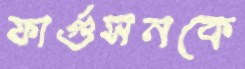
ফার্গুসনকে